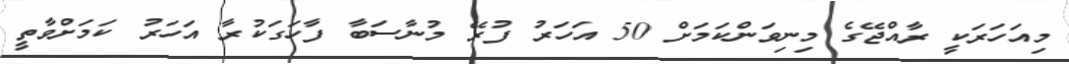
މިއަހަރަކީ ރާއްޖޭގެ މިނިވަންކަމަށް 50 އަހަރު ފުރޭ މުނާސަބާ ފާހަަގަކުރާ އަހަރު ކަމަށްވާތީ